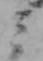
ミ